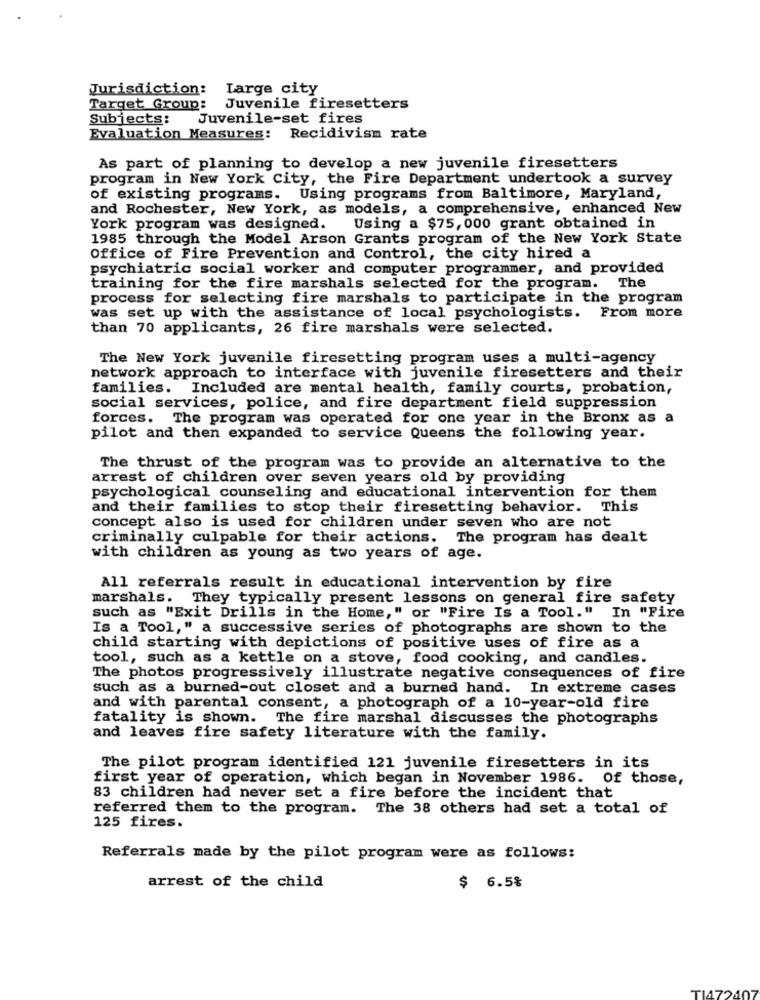
Jurisdiction:
Large city
Target Group:
Juvenile firesetters
Subjects: Juvenile-set fires
Evaluation Measures: Recidivism rate
As part of planning to develop a new juvenile firesetters
program in New York City, the Fire Department undertook a survey
of existing programs. Using programs from Baltimore, Maryland,
and Rochester, New York, as models, a comprehensive, enhanced New
York program was designed.
Using a $75,000 grant obtained in
1985 through the Model Arson Grants program of the New York State
Office of Fire Prevention and Control, the city hired a
psychiatric social worker and computer programmer, and provided
training for the fire marshals selected for the program. The
process for selecting fire marshals to participate in the program
was set up with the assistance of local psychologists. From more
than 70 applicants, 26 fire marshals were selected.
The New York juvenile firesetting program uses a multi-agency
network approach to interface with juvenile firesetters and their
families. Included are mental health, family courts, probation,
social services, police, and fire department field suppression
forces. The program was operated for one year in the Bronx as a
pilot and then expanded to service Queens the following year.
The thrust of the program was to provide an alternative to the
arrest of children over seven years old by providing
psychological counseling and educational intervention for them
and their families to stop their firesetting behavior. This
concept also is used for children under seven who are not
criminally culpable for their actions. The program has dealt
with children as young as two years of age.
All referrals result in educational intervention by fire
marshals. They typically present lessons on general fire safety
such as "Exit Drills in the Home," or "Fire Is a Tool." In "Fire
Is a Tool," a successive series of photographs are shown to the
child starting with depictions of positive uses of fire as a
tool, such as a kettle on a stove, food cooking, and candles.
The photos progressively illustrate negative consequences of fire
such as a burned-out closet and a burned hand. In extreme cases
and with parental consent, a photograph of a 10-year-old fire
fatality is shown. The fire marshal discusses the photographs
and leaves fire safety literature with the family.
The pilot program identified 121 juvenile firesetters in its
first year of operation, which began in November 1986. of those,
83 children had never set a fire before the incident that
referred them to the program. The 38 others had set a total of
125 fires.
Referrals made by the pilot program were as follows:
arrest of the child
$ 6.5%
TI472407